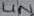
Text: LIN